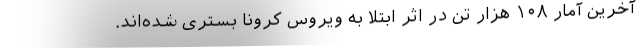
آخرین آمار ۱۰۸ هزار تن در اثر ابتلا به ویروس کرونا بستری شده‌اند.